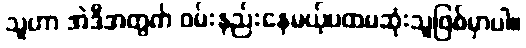
သူဟာ အဲဒီအတွက် ဝမ်းနည်းနေမယ့်ပထမဆုံးသူဖြစ်မှာပါ။